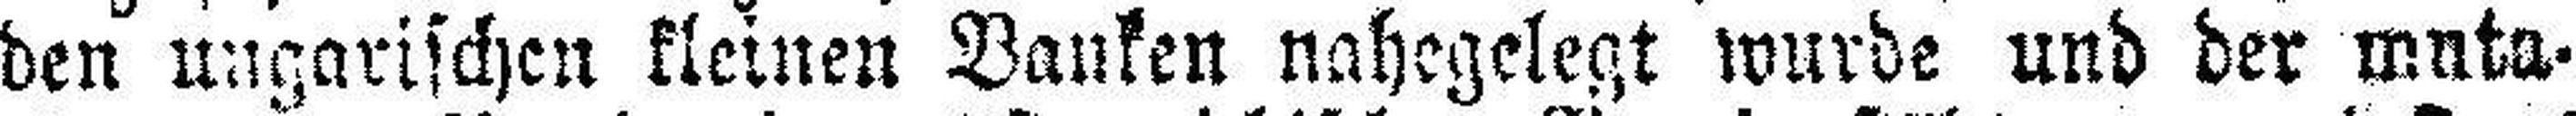
den ungarischen kleinen Banken nahegelegt wurde und der muta¬